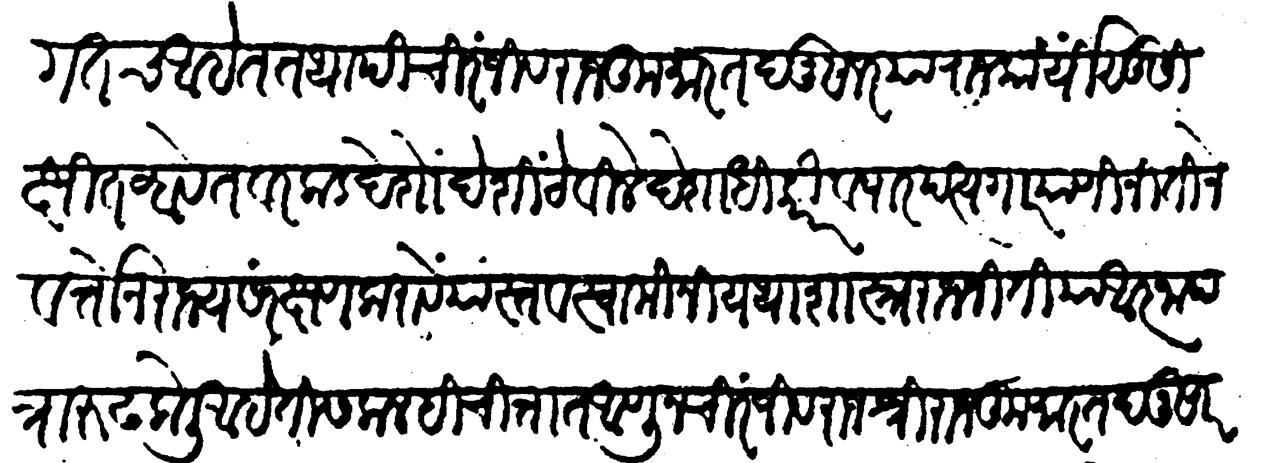
Transliteration (Devanagari): आवगत आहे तथापि चिरंजीव राजकुमार तदनुसार या राजकार्यीं सुशिक्षित व्हावेत वरकड देशोदेशीं ठेविले देशाधिकारी व पारपत्यगार यांणी नीतीने वर्तोन राज्य संरक्षण करावें यास्तव स्वामींनी यथाशास्त्र राजनीति या आज्ञापत्रारुढ केली आहे ती सकलही चित्तांत आणून चिरंजीव राजश्री राजकुमार तदनुसार